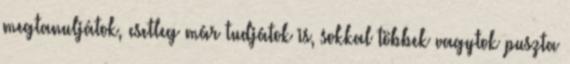
megtanuljátok, esetleg már tudjátok is, sokkal többek vagytok puszta